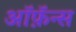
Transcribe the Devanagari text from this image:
ऑफ़ॅन्स